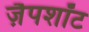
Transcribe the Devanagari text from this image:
ज़ैपशॉट